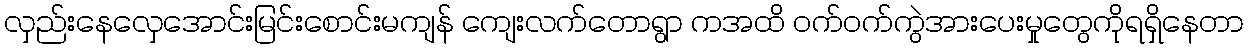
လှည်းနေလှေအောင်းမြင်းစောင်းမကျန် ကျေးလက်တောရွာ ကအထိ ဝက်ဝက်ကွဲအားပေးမှုတွေကိုရရှိနေတာ